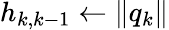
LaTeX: h_{k,k-1}\leftarrow\| q_{k}\|